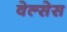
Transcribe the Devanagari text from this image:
वेल्सेस